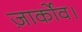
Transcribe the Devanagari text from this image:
ज़ार्कोव।